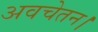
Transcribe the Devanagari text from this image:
अवचेतन।